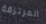
المرتزقة